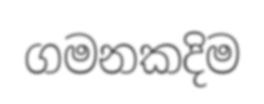
ගමනකදිම